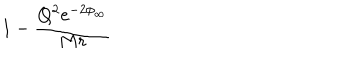
LaTeX: 1 - { \frac { Q ^ { 2 } e ^ { - 2 \phi _ { \infty } } } { M r } }